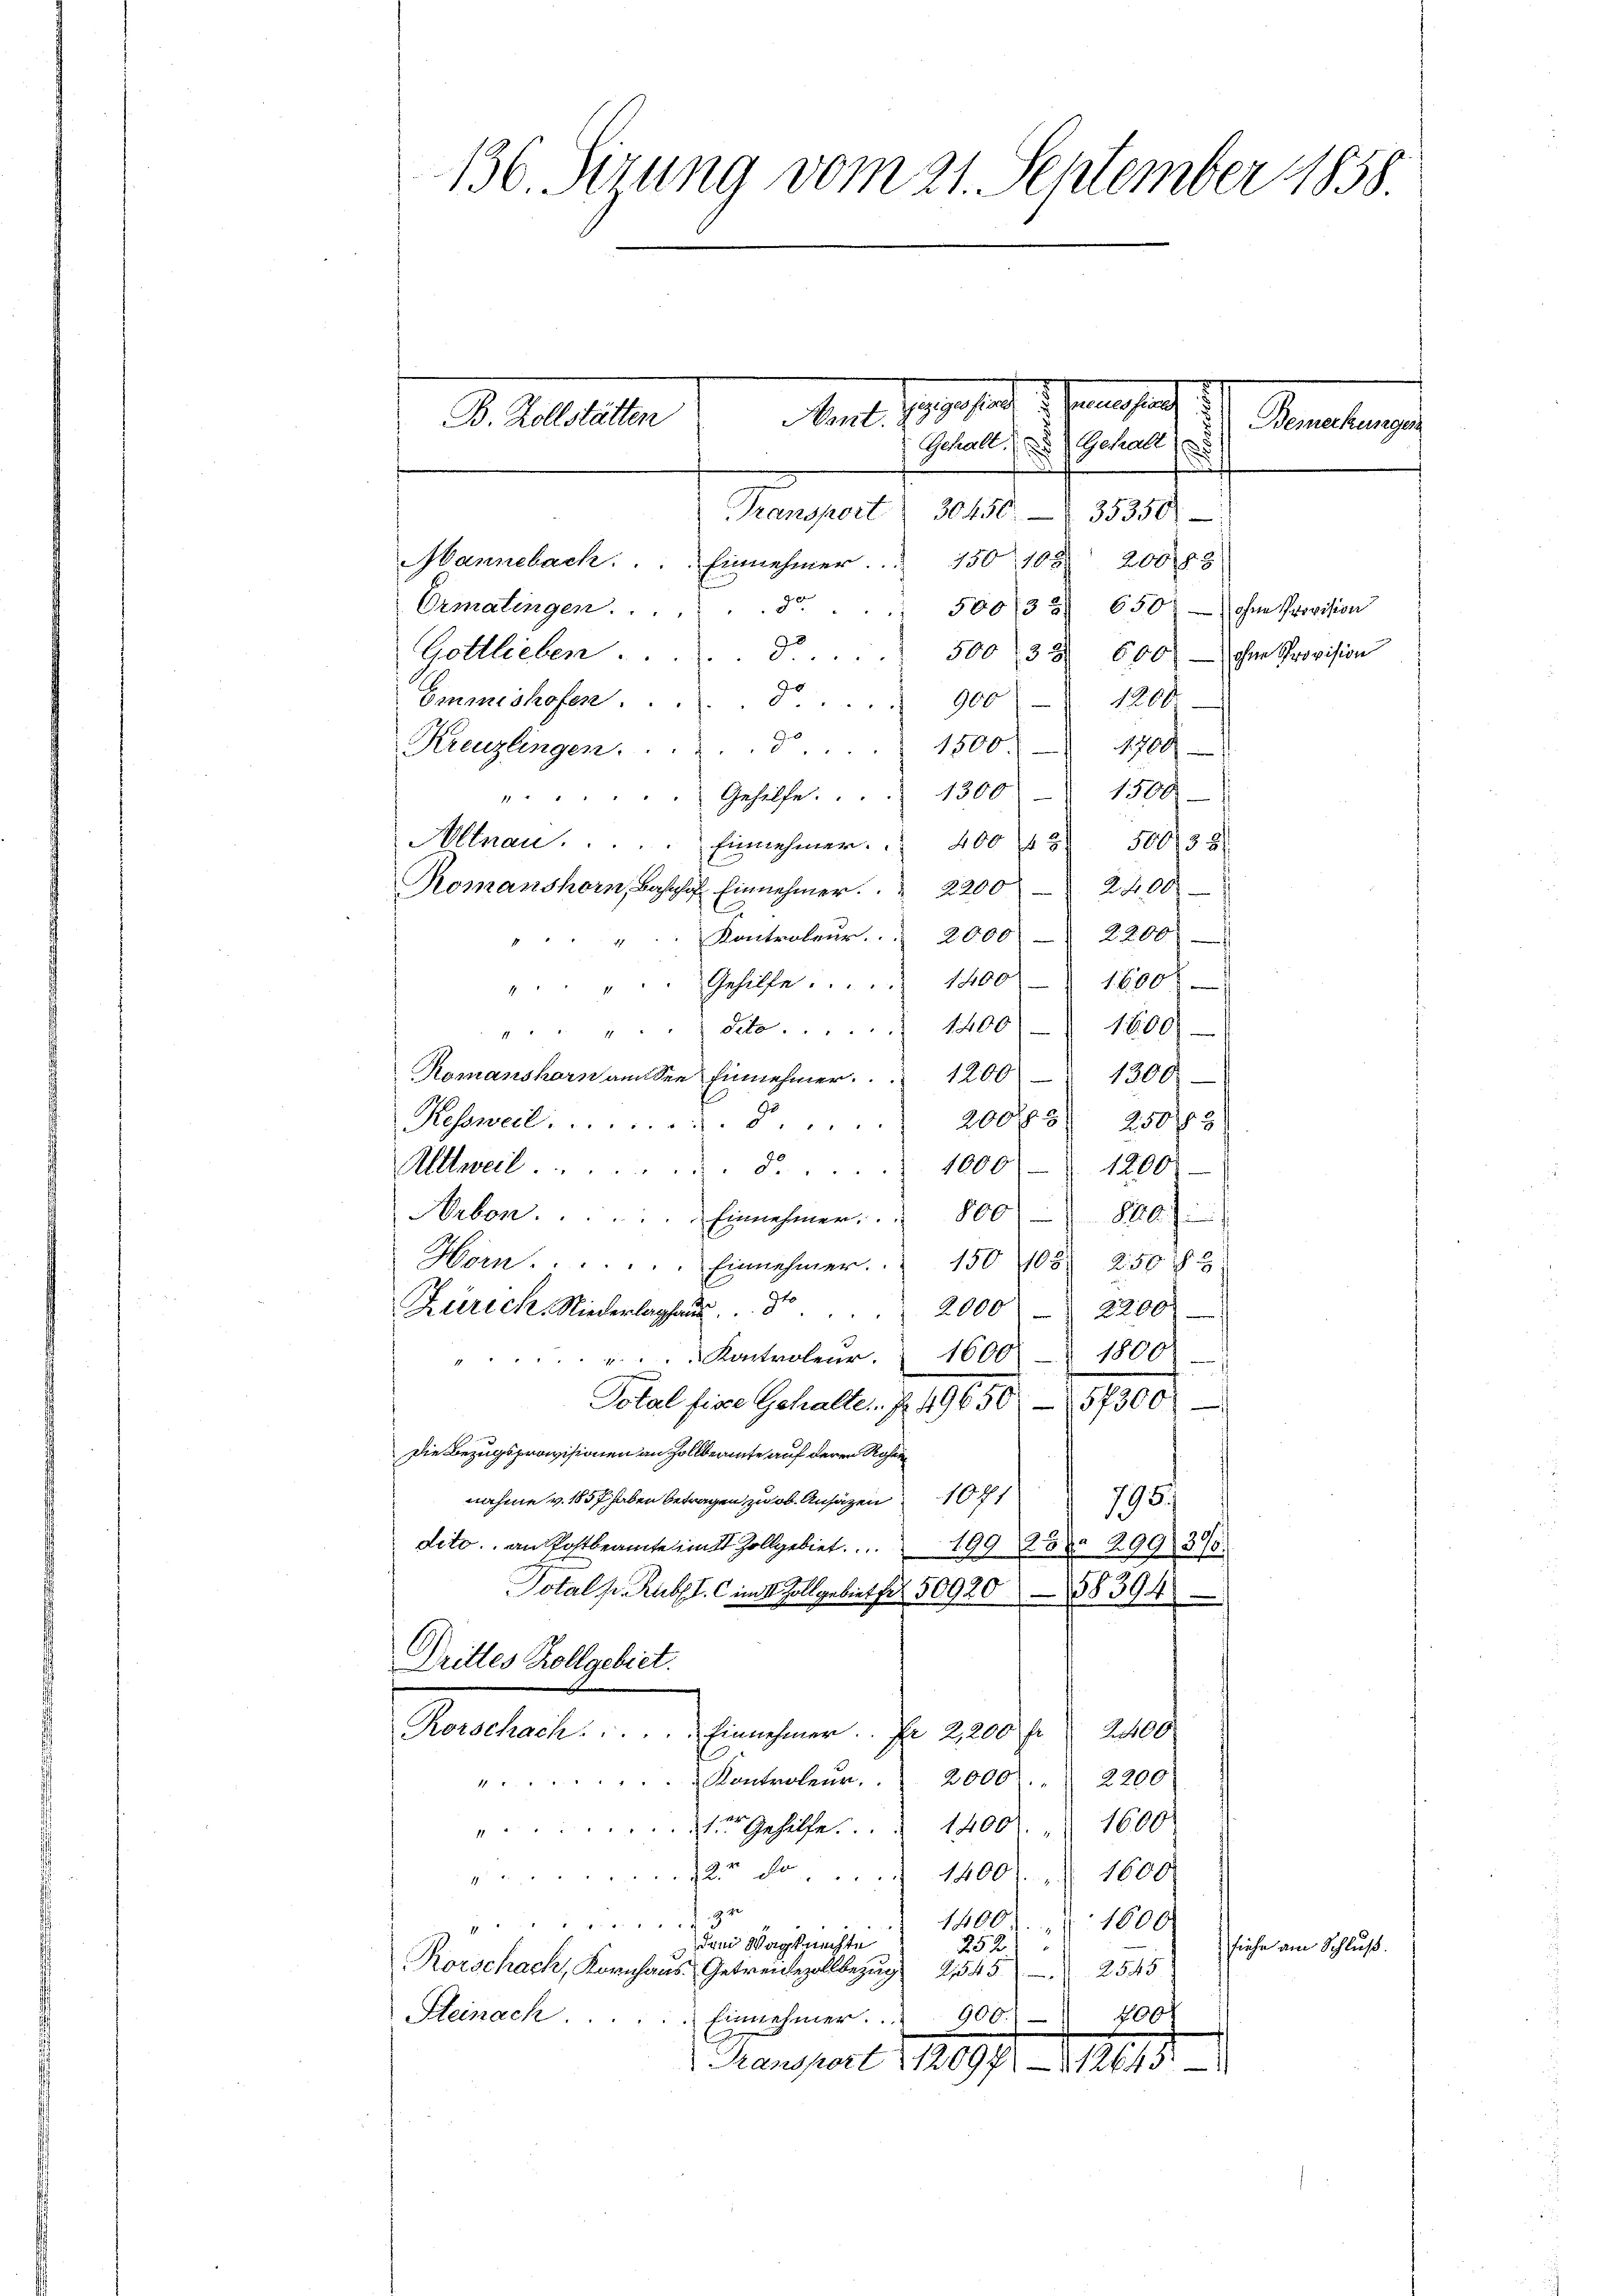
136. Sizung vom 21. September 1858.

ege sind. d. Gemeister
B. Zollstätten
Mant.
Bemerkungen
Gehalt. Gehalte
a

Transport 30450
35350
200 § 8
Manneback. Einnehmer. 150 10 x
Ormatingen . . . 25.
500/33. 650 ohne Provision
Gottlieben.
d. . . 500, 33 600 ohne Provision
Emmishofen...
90. 900 " 1200
Kreuzlingen. . . . . . . . . . 1500. 1700
1500
"...... Gehilfe. . . . 1300
Allnau.  ..  ..  ..  ..   Einnehmer.  400 f 2 500, 38
Romanshorn, Bahnhof Einnehmer.  2200 2400
Kontroleŭr " 2000 2200
1
". . . . . Gehilfe. . . . . 1400) 1600
do. 1400/ 1800.
2 x 2
Romanshorn an See Einnehmer. 1200 " 1300
200 f 8 25012
Kessweil 5....
Allweil d. 1000 - 1200.
Arbon . . . . . . . Einnehmer. . . 800
10
Horn . . . . . . . Einnehmer. 150 105. 250 §
Zürich, Niederlaghaus
 2000 - 2200
.Kontroleur. " 1600 - 1800
Total fige Gehalte. f. 49650 - 57300x
Die Bezugsprovisionen an Zollbeamte auf deren Rosen
nahme v. 1857 haben betragen zu ob. Ansätzen 101
795.
dito. an Postbeamte im St Zollgebiet. 199 25. 299 30
Total h. Russl. im 1. Zollgebiet für 5092088394
Drittes Kollgebiet.
2400.
Rorschach . . . . . . . . . . . Einnehmer. Fr. 2,200 f
2000.
2200
Kontroleur.
 Gehülfe. 1400 " 1600
2 do . . 1400 l. 1600.
94
1400. 1800
12 f 0 x
dem Wegknechte
siehe am Schluß.
252
Rorschack, Kornhaus Getreidezollbezug 21545 2545
Steinach.
400.
900.)
Einnehmer.
Mansport v. 1097. 1815.